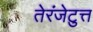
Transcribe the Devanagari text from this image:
तेरंजेटुत्त